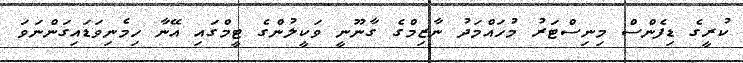
ކުރީގެ ޑިފެންސް މިނިސްޓަރު މުހައްމަދު ނާޒިމްގެ ގާނޫނީ ވަކީލުންގެ ޓީމްގައި އޭނާ ހިމެނިވަޑައިގަންނަވަ